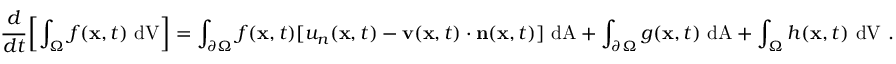
{ \cfrac { d } { d t } } \left[ \int _ { \Omega } f ( \mathbf { x } , t ) ~ { \mathrm { d V } } \right] = \int _ { \partial \Omega } f ( \mathbf { x } , t ) [ u _ { n } ( \mathbf { x } , t ) - \mathbf { v } ( \mathbf { x } , t ) \cdot \mathbf { n } ( \mathbf { x } , t ) ] ~ { \mathrm { d A } } + \int _ { \partial \Omega } g ( \mathbf { x } , t ) ~ { \mathrm { d A } } + \int _ { \Omega } h ( \mathbf { x } , t ) ~ { \mathrm { d V } } ~ .